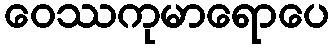
ဝေဿကုမာရောပေ